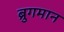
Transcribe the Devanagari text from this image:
ब्रुगमान